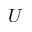
U